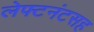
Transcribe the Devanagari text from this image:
लेफ्टनंटसह